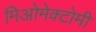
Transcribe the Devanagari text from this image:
मिओमेक्टोमी